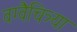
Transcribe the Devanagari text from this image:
वग्वैचित्र्या